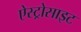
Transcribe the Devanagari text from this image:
ऐस्ट्रोसाइट